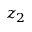
z _ { 2 }